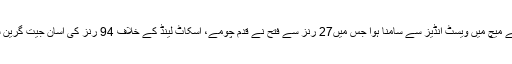
پاکستان کا اپنے پہلے میچ میں ویسٹ انڈیز سے سامنا ہوا جس میں27 رنز سے فتح نے قدم چومے، اسکاٹ لینڈ کے خلاف 94 رنز کی آسان جیت گرین شرٹس کے نام رہی۔